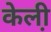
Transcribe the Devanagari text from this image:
केली़